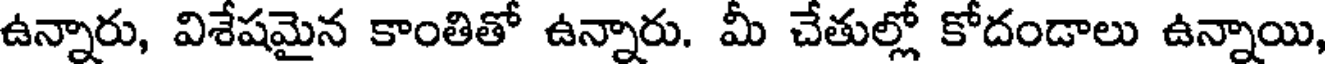
ఉన్నారు, విశేషమైన కాంతితో ఉన్నారు. మీ చేతుల్లో కోదండాలు ఉన్నాయి,